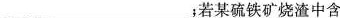
___；若某硫铁矿烧渣中含